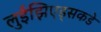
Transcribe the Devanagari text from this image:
लुईझिएड्सकडे